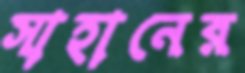
সাহানের